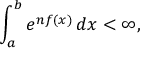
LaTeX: \int _ { a } ^ { b } e ^ { n f ( x ) } \, d x < \infty ,